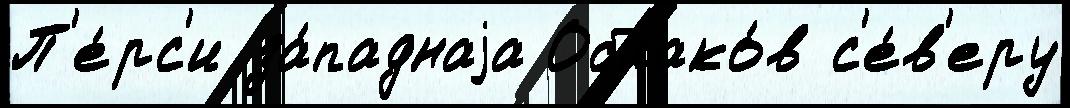
П'е́рс'и за́паднаjа Облако́в с'е́в'еру